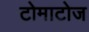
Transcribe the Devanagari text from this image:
टोमाटोज